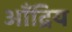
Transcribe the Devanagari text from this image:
आँद्रिय